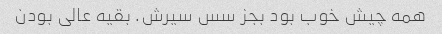
همه چیش خوب بود بجز سس سیرش. بقیه عالی بودن